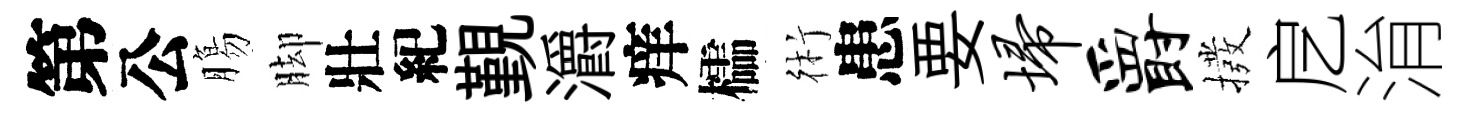
第公膓脚壯紀覲灂痒櫺術患要埽爵撥戹㳙